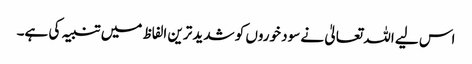
اس لیے اللہ تعالیٰ نے سود خوروں کو شدید ترین الفاظ میں تنبیہ کی ہے۔